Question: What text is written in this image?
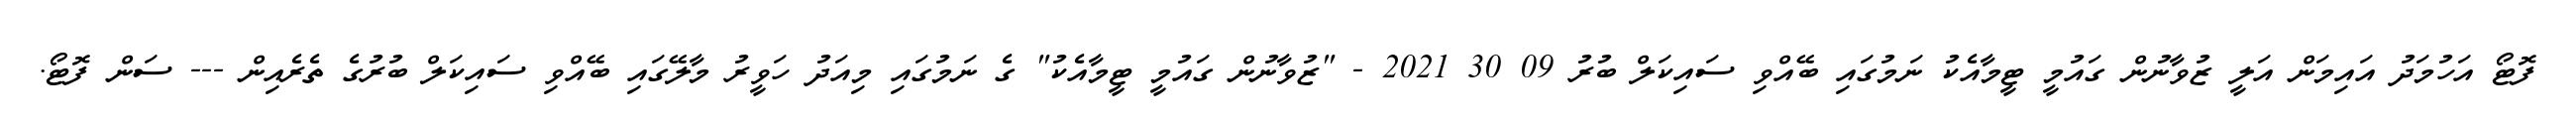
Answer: ފޮޓޯ އަހުމަދު އައިމަން އަލީ ޒުވާނުން ގައުމީ ޓީމާއެކު ނަމުގައި ބޭއްވި ސައިކަލް ބުރު 09 30 2021 - "ޒުވާނުން ގައުމީ ޓީމާއެކު" ގެ ނަމުގައި މިއަދު ހަވީރު މާލޭގައި ބޭއްވި ސައިކަލް ބުރުގެ ތެރެއިން --- ސަން ފޮޓޯ.